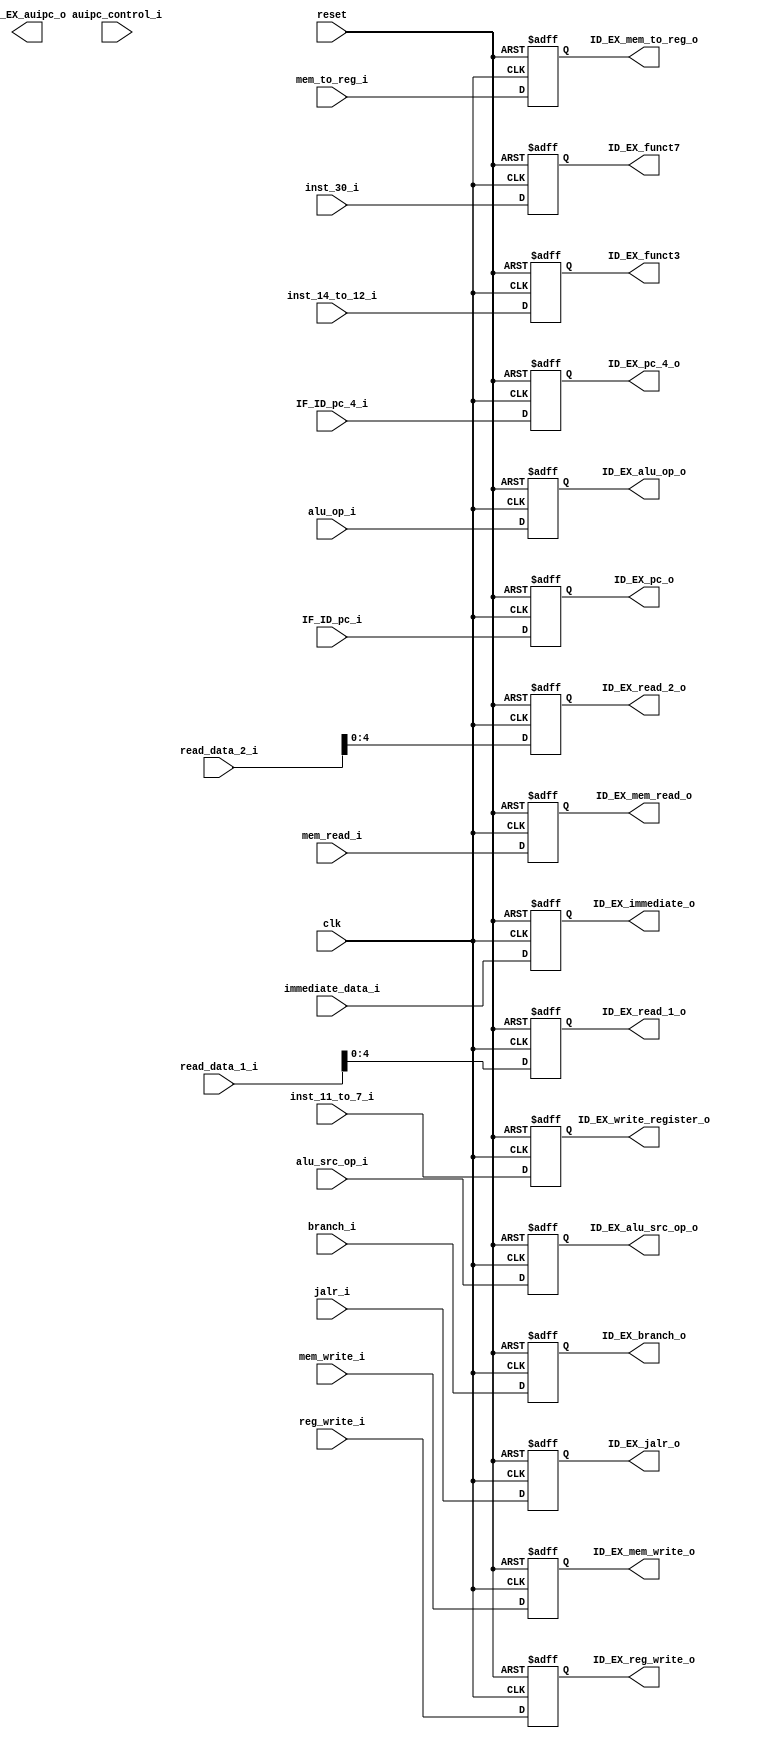
module ID_EX_module
#(
	parameter NBits = 32
)
(
	input clk,
	input reset,
	input [NBits-1:0] IF_ID_pc_4_i, //IF_ID_pc_4_o_w
	input [NBits-1:0] IF_ID_pc_i, //IF_ID_pc_o_w
	input signed [31:0] read_data_1_i, //read_data_1_w
	input [NBits-1:0] read_data_2_i, //read_data_2_w
	input [NBits-1:0] immediate_data_i,//inmmediate_data_w
	input inst_30_i,//instruction_bus_w
	input [2:0] inst_14_to_12_i,//instruction_bus_w
	input [4:0] inst_11_to_7_i,//instruction_bus_w
	input reg_write_i, //reg_write_w
	input [1:0] mem_to_reg_i, //mem_to_reg_w
	input jalr_i, //jalr_w
	input branch_i, //branch_w
	input mem_read_i, //mem_read_w
	input mem_write_i, //mem_write_w
	input [2:0] alu_op_i, //alu_op_w
	input alu_src_op_i, //alu_src_op_w
	input auipc_control_i,

	
	output reg [31:0] ID_EX_pc_4_o,
	output reg [31:0] ID_EX_pc_o,
	output reg [4:0] ID_EX_read_1_o,
	output reg [4:0] ID_EX_read_2_o,
	output reg [31:0] ID_EX_immediate_o,
	
	output reg [2:0] ID_EX_funct3,
	output reg [4:0] ID_EX_write_register_o,
	output reg ID_EX_funct7,
	
	output reg ID_EX_reg_write_o, 
	output reg [0:1] ID_EX_mem_to_reg_o, 
	output reg ID_EX_jalr_o, 
	output reg ID_EX_branch_o, 
	output reg ID_EX_mem_read_o, 
	output reg ID_EX_mem_write_o,
	output reg [2:0] ID_EX_alu_op_o, 
	output reg ID_EX_alu_src_op_o,
	output reg ID_EX_auipc_o
);

always@(negedge reset or posedge clk) begin
	if(reset==0) begin
		ID_EX_pc_4_o <= 32'h00000000;
		ID_EX_pc_o <= 32'h00000000;
		ID_EX_read_1_o <= 32'h00000000;
		ID_EX_read_2_o <= 32'h00000000;
		ID_EX_immediate_o <= 32'h00000000;
		ID_EX_funct3 <= 0;
		ID_EX_write_register_o <= 0;
		ID_EX_funct7 <= 0;
		ID_EX_reg_write_o <= 0;
		ID_EX_mem_to_reg_o <= 0;
		ID_EX_jalr_o <= 0;
		ID_EX_branch_o <= 0;
		ID_EX_mem_read_o <= 0;
		ID_EX_mem_write_o <= 0;
		ID_EX_alu_op_o <= 0;
		ID_EX_alu_src_op_o <= 0;
	end
	else begin
		ID_EX_funct3 <= inst_14_to_12_i; //Funct 3
		ID_EX_funct7 <= inst_30_i; //Funct 7
		ID_EX_write_register_o <= inst_11_to_7_i; //Write register
		ID_EX_pc_4_o <= IF_ID_pc_4_i;
		ID_EX_pc_o <= IF_ID_pc_i;
		ID_EX_read_1_o <= read_data_1_i;
		ID_EX_read_2_o <= read_data_2_i;
		ID_EX_immediate_o <= immediate_data_i;
		ID_EX_reg_write_o <= reg_write_i; 
		ID_EX_mem_to_reg_o <= mem_to_reg_i; 
		ID_EX_jalr_o <= jalr_i;
		ID_EX_branch_o <= branch_i; 
		ID_EX_mem_read_o <= mem_read_i; 
		ID_EX_mem_write_o <= mem_write_i; 
		ID_EX_alu_op_o <= alu_op_i; 
		ID_EX_alu_src_op_o <= alu_src_op_i;
	end
end


endmodule